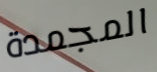
المجمدة